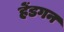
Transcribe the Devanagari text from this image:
हेंडगन